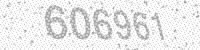
Solution: 606961